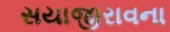
સયાજીરાવના